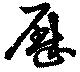
歴